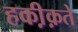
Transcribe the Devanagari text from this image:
हकी़क़ते